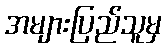
အများပြည်သူမှ